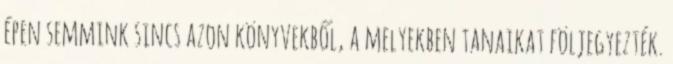
épen semmink sincs azon könyvekből, a melyekben tanaikat följegyezték.